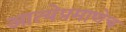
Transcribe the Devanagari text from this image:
आत्येप्रमाणेच